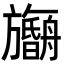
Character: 𬀠